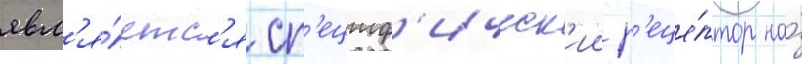
явл'я́етс'я сп'ециф'ическ'ии р'еце́птор на́